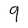
Character: 9